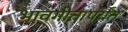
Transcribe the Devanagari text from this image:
भावगीतापर्यंत